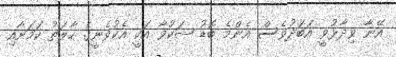
އޭނާ ވިދާޅުވީ އަބަދުވެސް އެންމެ ބޮޑު ޝަކުވާ އަކީ އެކުވެނީގެ ހާލަތު ކަމަށާއި